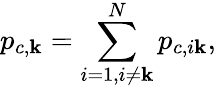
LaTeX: p_{c,\mathbf{k}}=\sum_{i=1,i\neq\mathbf{k}}^{N}p_{c,i\mathbf{k}},